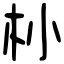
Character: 㭂